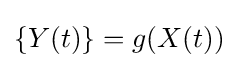
\left\{Y(t)\right\}=g(X(t))